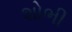
શોભી